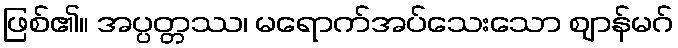
ဖြစ်၏။ အပ္ပတ္တဿ၊ မရောက်အပ်သေးသော ဈာန်မဂ်